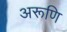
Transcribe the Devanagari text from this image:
अरूणि